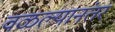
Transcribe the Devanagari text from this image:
वळल्यानंतर